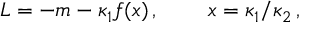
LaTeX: L = - m - \kappa _ { 1 } f ( x ) \, , \; \; \; \; \; \; \; \; x = \kappa _ { 1 } / \kappa _ { 2 } \, ,